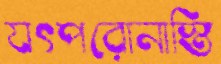
যৎপরোনাস্তি